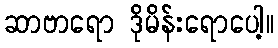
ဆာဗာရော ဒိုမိန်းရောပေါ့။